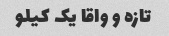
تازه و واقا‌ یک کیلو